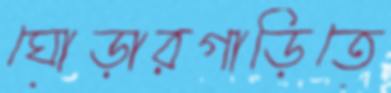
ঘোড়ারগাড়িতে